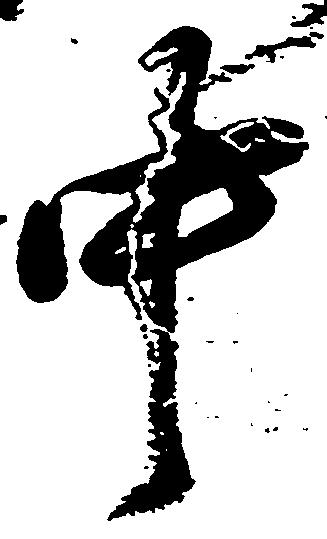
中